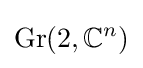
\operatorname {Gr} (2,\mathbb {C} ^{n})